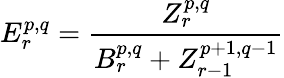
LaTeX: E_{r}^{p,q}={\frac{Z_{r}^{p,q}}{B_{r}^{p,q}+Z_{r-1}^{p+1,q-1}}}